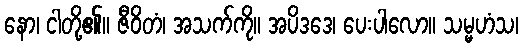
နော၊ ငါတို့၏။ ဇီဝိတံ၊ အသက်ကို။ အပိဒဒေ၊ ပေးပါလော။ သမ္မဟံသ၊